Leprosy in India: report of the Leprosy Commission in India, 1890-91
Year: 1890
Disease focus: Leprosy
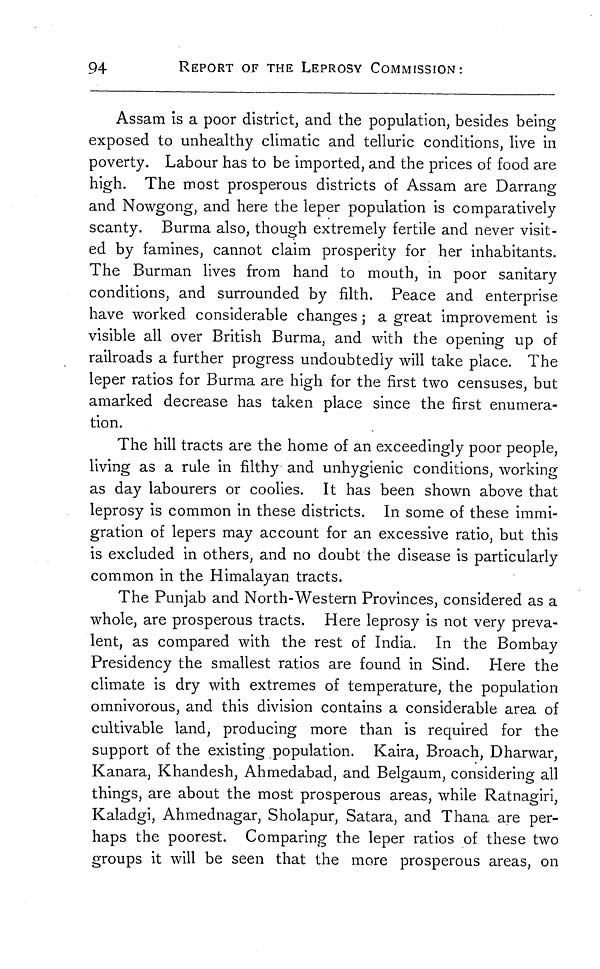
94
REPORT OF THE LEPROSY COMMISSION:
Assam is a poor district, and the population, besides being
exposed to unhealthy climatic and telluric conditions, live in
poverty. Labour has to be imported, and the prices of food are
high. The most prosperous districts of Assam are Darrang
and Nowgong, and here the leper population is comparatively
scanty. Burma also, though extremely fertile and never visit-
ed by famines, cannot claim prosperity for her inhabitants.
The Burman lives from hand to mouth, in poor sanitary
conditions, and surrounded by filth. Peace and enterprise
have worked considerable changes ; a great improvement is
visible all over British Burma, and with the opening up of
railroads a further progress undoubtedly will take place. The
leper ratios for Burma are high for the first two censuses, but
amarked decrease has taken place since the first enumera-
tion.
The hill tracts are the home of an exceedingly poor people,
living as a rule in filthy and unhygienic conditions, working
as day labourers or coolies. It has been shown above that
leprosy is common in these districts. In some of these immi-
gration of lepers may account for an excessive ratio, but this
is excluded in others, and no doubt the disease is particularly
common in the Himalayan tracts.
The Punjab and North-Western Provinces, considered as a
whole, are prosperous tracts. Here leprosy is not very preva-
lent, as compared with the rest of India. In the Bombay
Presidency the smallest ratios are found in Sind. Here the
climate is dry with extremes of temperature, the population
omnivorous, and this division contains a considerable area of
cultivable land, producing more than is required for the
support of the existing population. Kaira, Broach, Dharwar,
Kanara, Khandesh, Ahmedabad, and Belgaum, considering all
things, are about the most prosperous areas, while Ratnagiri,
Kaladgi, Ahmednagar, Sholapur, Satara, and Thana are per-
haps the poorest. Comparing the leper ratios of these two
groups it will be seen that the more prosperous areas, on